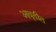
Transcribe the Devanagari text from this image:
आवृतीत